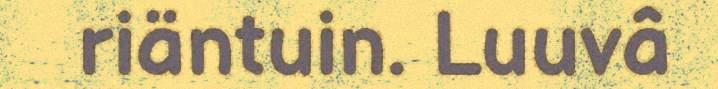
riäntuin. Luuvâ